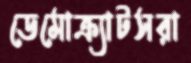
ডেমোক্র্যাটসরা